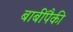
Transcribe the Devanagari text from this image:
बाबींपैकी